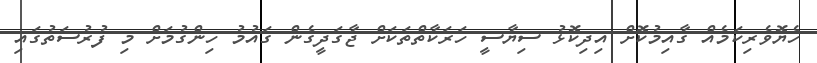
ހެޔޮވެރިކަމެއް ގާއިމުކޮށް އިދިކޮޅު ސިޔާސީ ހަރަކާތްތަކަށް ޖާގަދީގެން ގައުމު ހިންގުމަށް މި ފުރުސަތުގައި